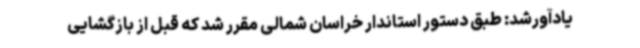
یادآورشد: طبق دستور استاندار خراسان شمالی مقرر شد که قبل از بازگشایی